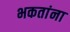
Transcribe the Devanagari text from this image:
भकतांना